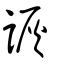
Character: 詼